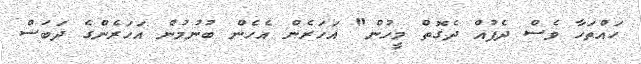
ހައްތަހާ ވެސް ދެފުއް ދެގޮތް މީހުން" އަހަރެން އެހެން ބުނުމުން އަހަރެންގެ ދަބަސް